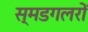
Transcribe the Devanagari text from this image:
स्मडगलरों